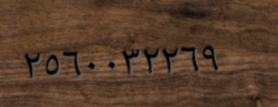
٢٥٦٠٠٣٢٢٦٩